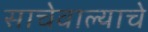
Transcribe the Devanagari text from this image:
साचेवाल्याचे